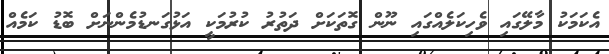
އެކަމަކު މާލޭގައި ވެހިކަލެއްގައި ނޫން ގޮތަކަށް ދަތުރު ކުރުމަކީ އަޅުގަނޑުމެންނަށް ބޮޑު ކަމެއް